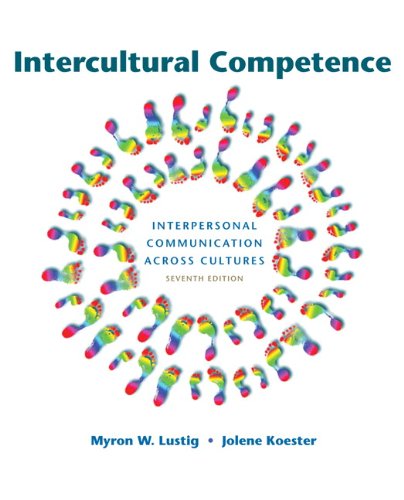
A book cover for Intercultural Competence (7th Edition); Myron W. Lustig; Humor & Entertainment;